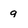
Character: q